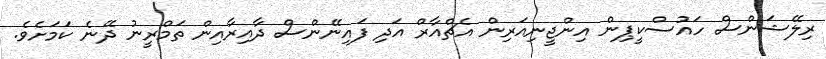
ރިލޭޝަންސް ހައުސްކީޕިން އިންޖީނިއަރިން އެޗްއާރް އަދި ފައިނޭންސް ދާއިރާއިން ތަމްރީނު ދޭނެ ކަމަށެވެ.